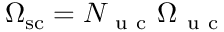
\Omega _ { \mathrm { s c } } = N _ { \mathrm { ~ u ~ c ~ } } \Omega _ { \mathrm { ~ u ~ c ~ } }